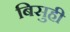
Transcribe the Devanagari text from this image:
बिसुही